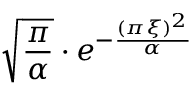
{ \sqrt { \frac { \pi } { \alpha } } } \cdot e ^ { - { \frac { ( \pi \xi ) ^ { 2 } } { \alpha } } }